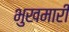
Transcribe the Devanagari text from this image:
भुखमारी